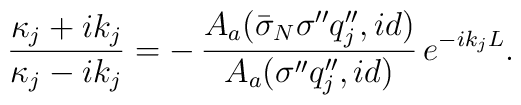
\frac{\kappa_{j} + i k_{j}}{\kappa_{j} - i k_{j} }= - \,\frac{ A_a( \bar{\sigma }_{N}\sigma'' q''_{j}, id )}{ A_a(\sigma'' q''_{j}, id ) } \, e^{ - i k_{j} L }.